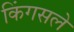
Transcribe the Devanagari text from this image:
किंगसले